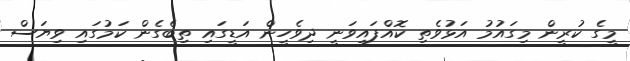
މީގެ ކުރީން މިގައުމު އަޅުވެތި ކޮއްފައިވަނީ ދިވެހީން އަޑީގައި ތިބެގެން ކަމުގައި ވިޔަސް